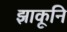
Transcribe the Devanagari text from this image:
झाकूनि